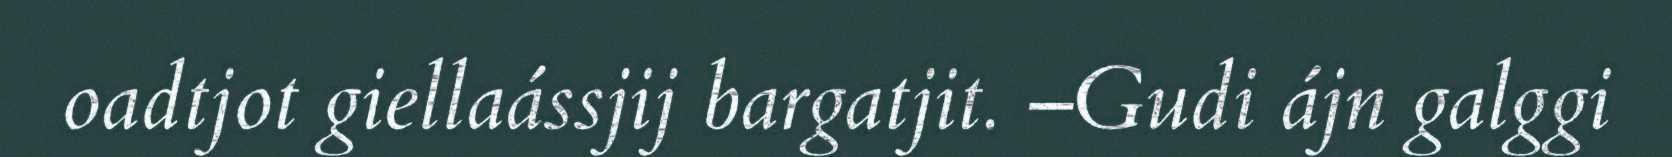
oadtjot giellaássjij bargatjit. –Gudi ájn galggi